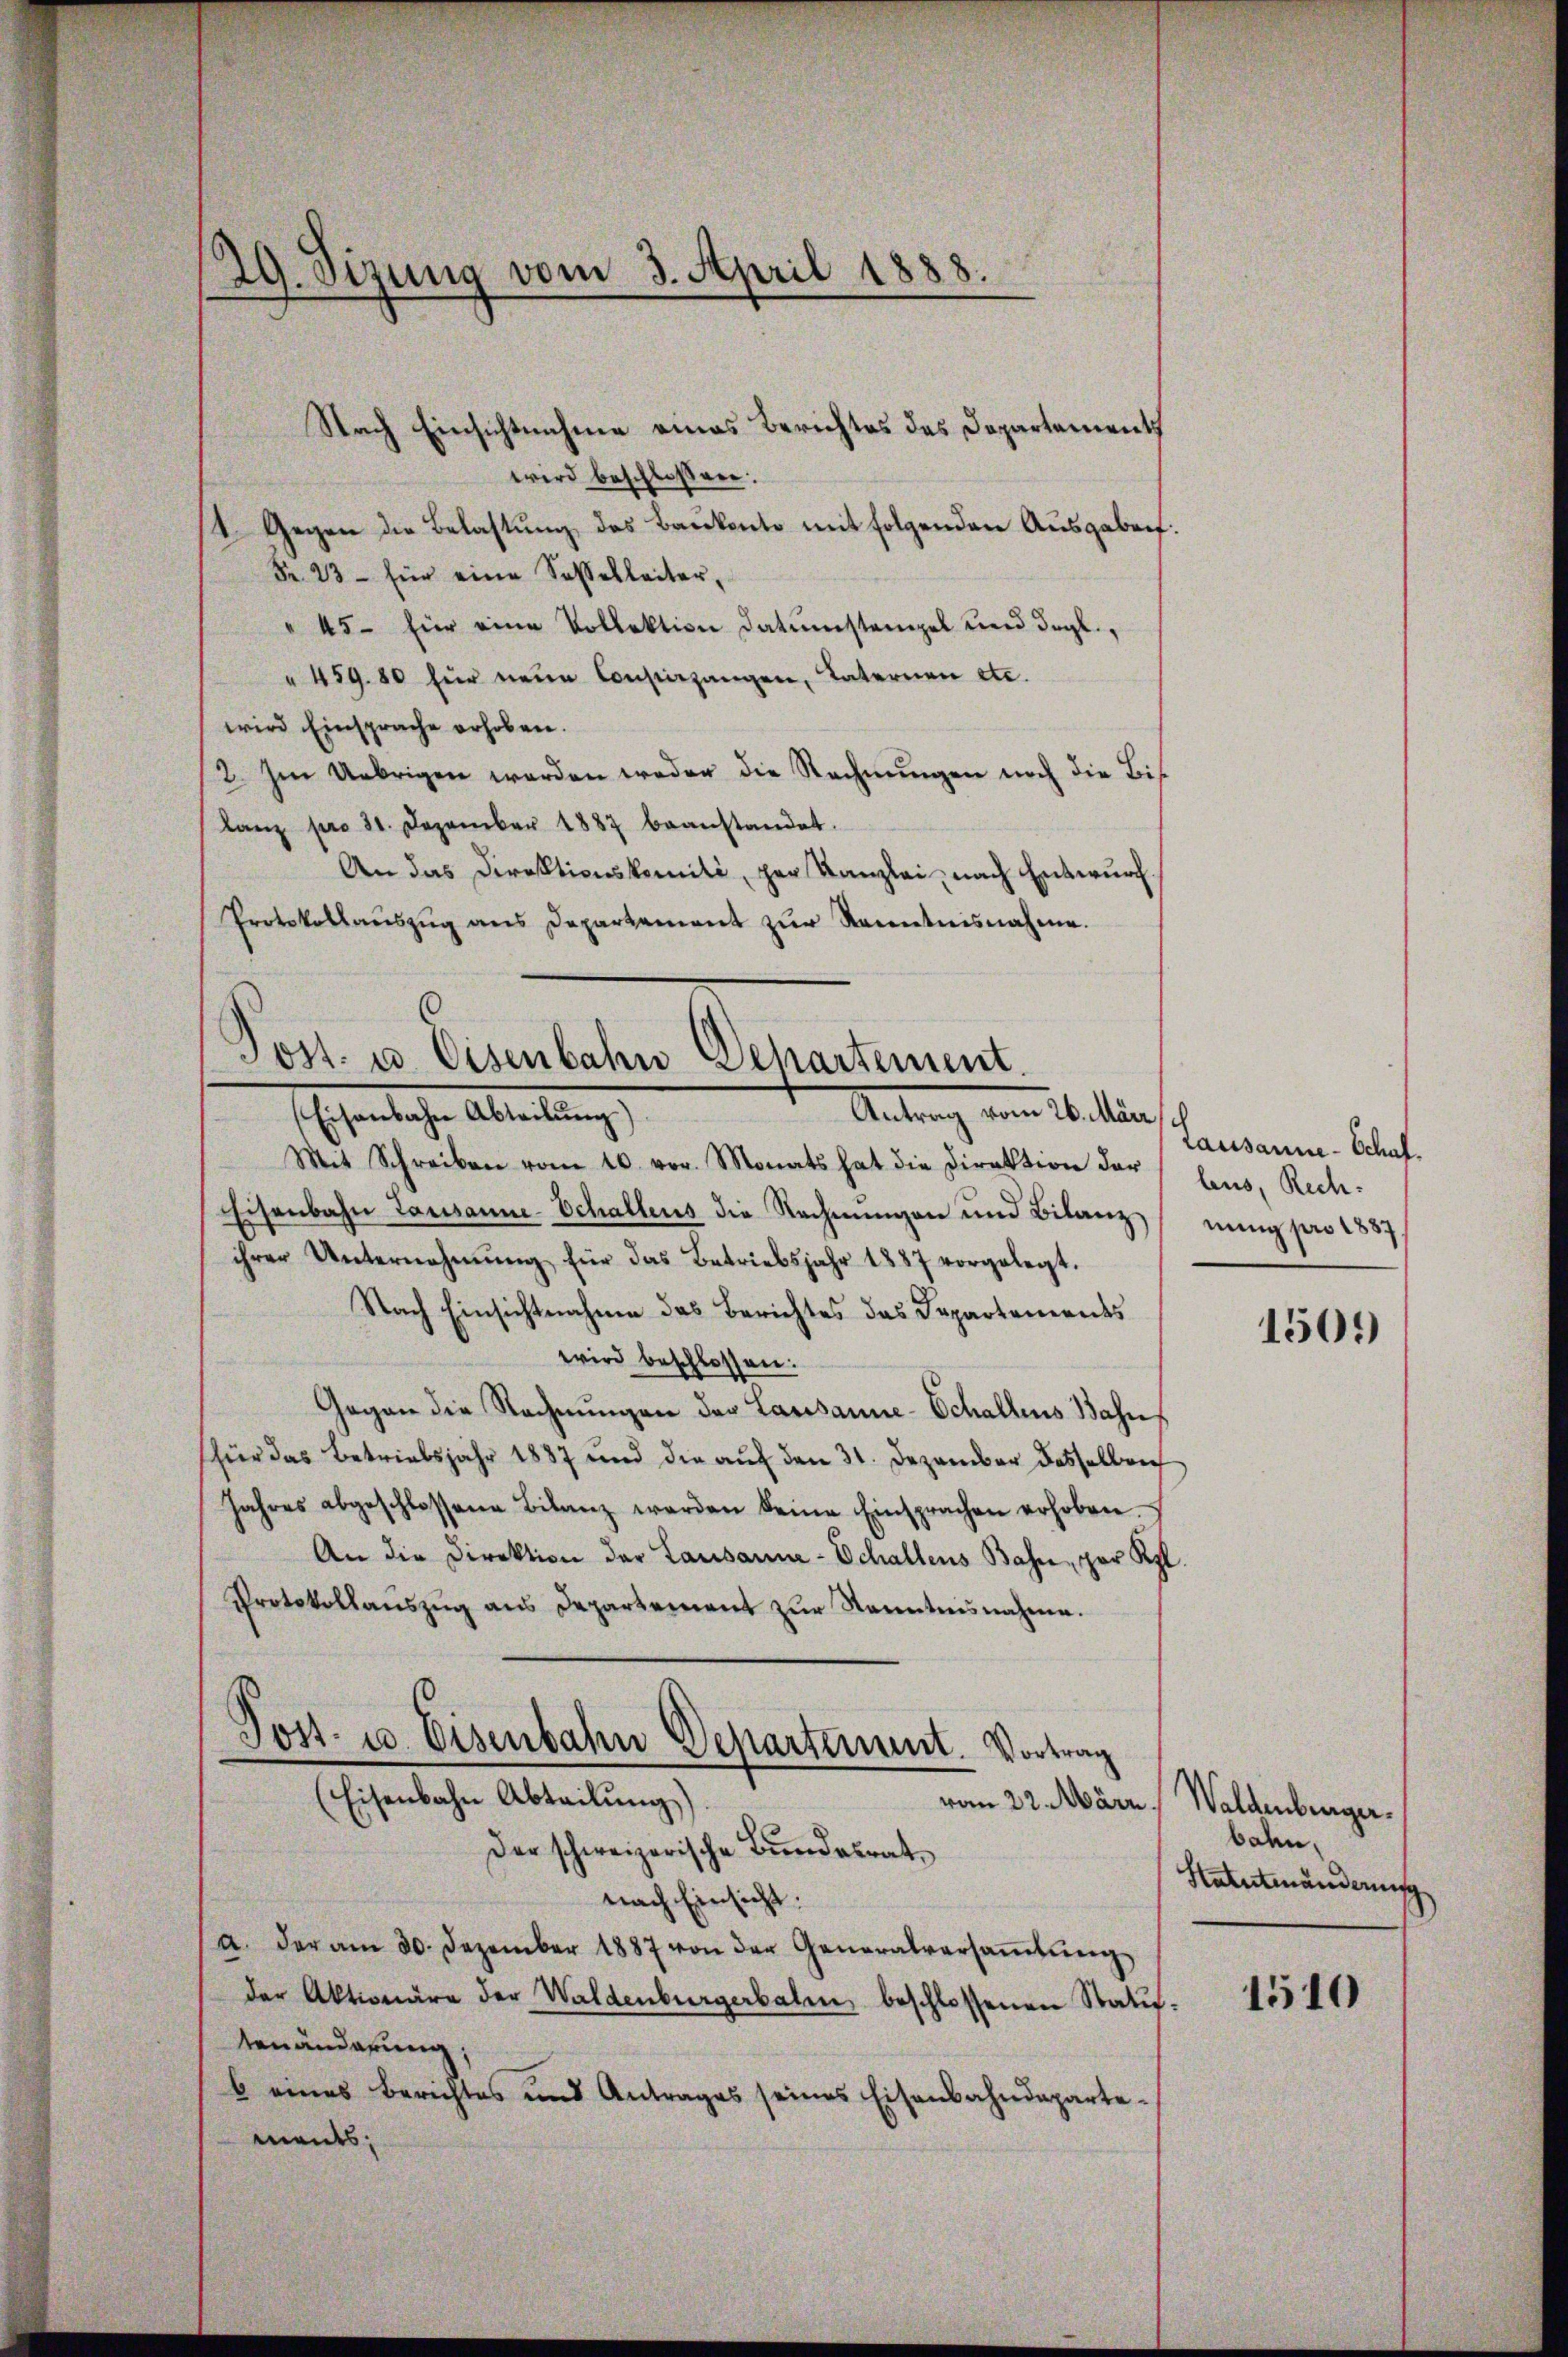
29. Sizung vom 3. April 1888.

Nach Einsichtnahme eines Berichtes des Departements
wird beschlossen:
1. Gegen die Belastung des Baukonto mit folgenden Ausgabei:
Fr. 23 - für eine Soßebleiter,
" 45 - für eine Vollektion datumstempel und drgl.,
" 459. 80 für neue Consiergangen, Vaternen etc.
wird Einsprache erhoben.
2. Im Uebrigen werden weder die Rechnŭngen noch die Bis
lanz pro 21. Dezember 1887 beanstandet.
An das Direktionskomité, per Kanzlei nach Entwurf.
Protokollaŭszŭg ans Departement zur Kenntnisnahme.
Mit Schreiben vom 10. vor. Monats hat die Direktion der laus, Rech¬
Eisenbahn Lausanne-Schallens die Rechnungen und Bilanzung pro 1837
ihrer Unternehmung für das Betriebsjahr 1887 vorgelegt.
Nach Einsichtnahme das Berichtes das Departements
wird beschlossen:
Gegen die Rechnungen der Lausanne-Schallens Bahn
(für das Betriebsjahr 1837 und die auf den 31. Dezember desselben
Jahres abgeschlossene Bilanz werden keine Einsprachen erhoben.
An die Direktion der Lausanna - Schallens Bahn, par Kl
Protokollaŭszŭg ans Departement zŭr Kenntnisnahme.
Post- u. Eisenbahn Departement. Vortrag
(Eisenbahn Abteilung).
vom 22. März.
Der schweizerische Bundesrat
nach Einsicht:
a. der am 30. Dezember 1887 von der Generalversaṁlŭng
der Aktionäre der Waldenburgerbaten, beschlossenen Statutenänderung;
b eines Berichtes und Antrages seines Eisenbahndeparte-
ments;

Post- u. Eisenbahn Dehartement.
Antrag vom 26. Mär
sischeinliche Abreitung

ch

Lausanne - Schaf

1509

Waldenberger.
bahn,
Statutenänderung

1510